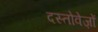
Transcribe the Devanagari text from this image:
दस्‍तोवेज़ों